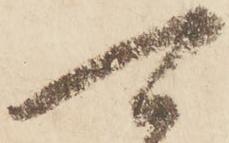
可